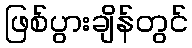
ဖြစ်ပွားချိန်တွင်